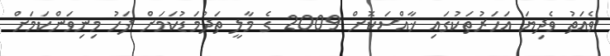
ވެއަތު ވެދިޔަ އަހަރުތަކުގައި ޚާއްސަކޮށް 2009 ގެ މާލީ ތަދުމަޑުކަމަށް ފަހު މިނިވަންކަމަށް